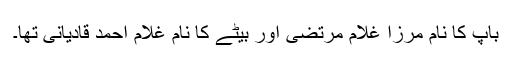
باپ کا نام مرزا غلام مرتضیٰ اور بیٹے کا نام غلام احمد قادیانی تھا۔